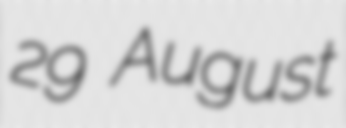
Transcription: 29 August